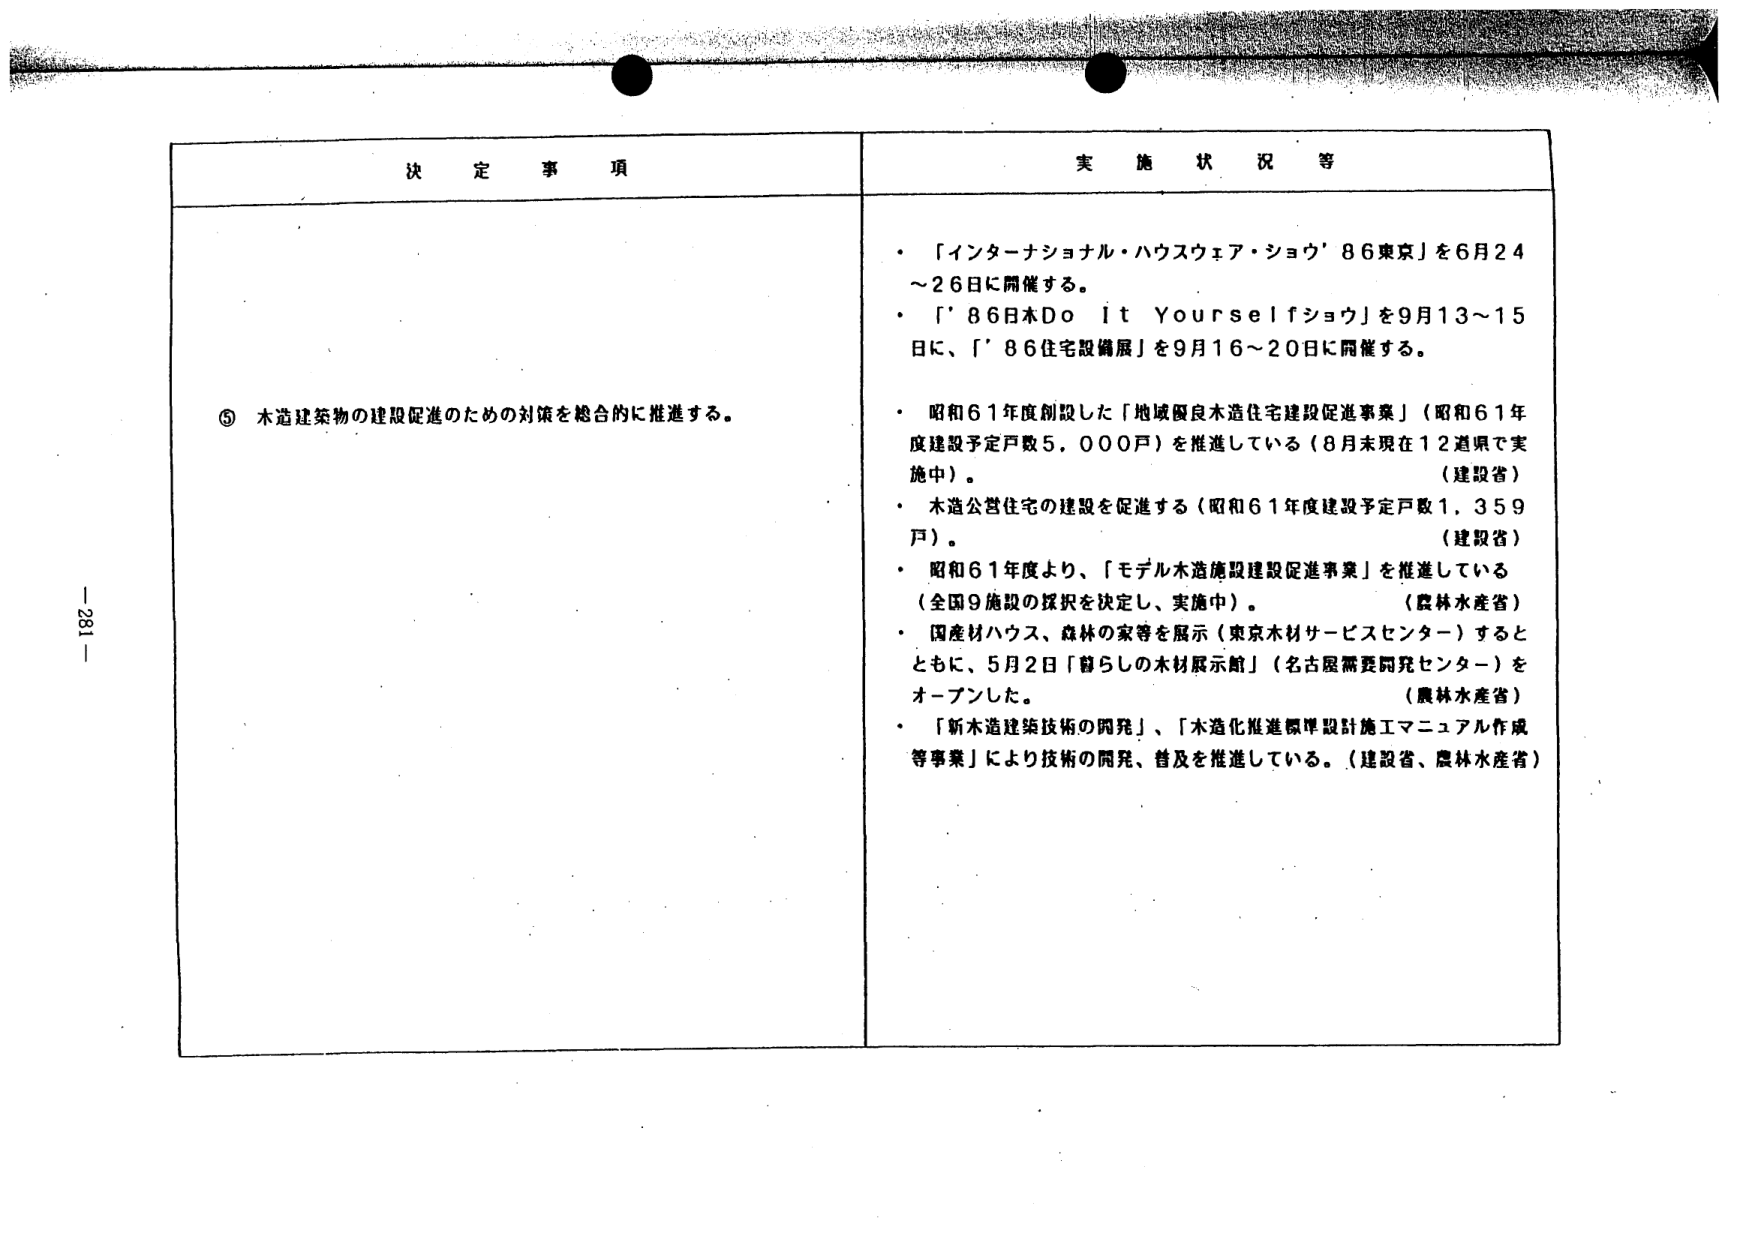
決定事項

⑤ 木造建築物の建設促進のための対策を総合的に推進する。

実施状況等

・「インターナショナル・ハウスウェア・ショウ’86東京」を6月24～26日に開催する。
・「’86日本Do It Yourselfショウ」を9月13～15日に、「’86住宅設備展」を9月16～20日に開催する。
・昭和61年度創設した「地域優良木造住宅建設促進事業」（昭和61年度建設予定戸数5,000戸）を推進している（8月末現在12道県で実施中）。（建設省）
・木造公営住宅の建設を促進する（昭和61年度建設予定戸数1,359戸）。（建設省）
・昭和61年度より、「モデル木造施設建設促進事業」を推進している（全国9施設の採択を決定し、実施中）。（農林水産省）
・国産材ハウス、森林の家等を展示（東京木材サービスセンター）するとともに、5月2日「暮らしの木材展示館」（名古屋需要開発センター）をオープンした。（農林水産省）
・「新木造建築技術の開発」、「木造化推進標準設計施工マニュアル作成等事業」により技術の開発、普及を推進している。（建設省、農林水産省）

- 281 -